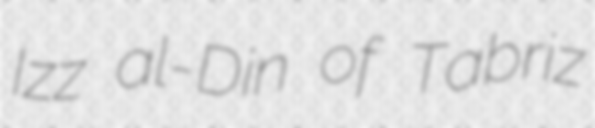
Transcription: ‛Izz al-Din of Tabriz